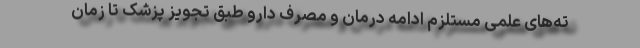
ته‌های علمی مستلزم ادامه درمان و مصرف دارو طبق تجویز پزشک تا زمان